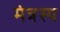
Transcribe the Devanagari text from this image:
मंत्रस्य